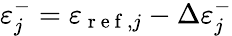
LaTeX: \varepsilon_{j}^{-}=\varepsilon_{\mathrm{~r~e~f~},j}-\Delta\varepsilon_{j}^{-}